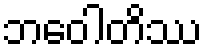
ဘဝေါတိဿ